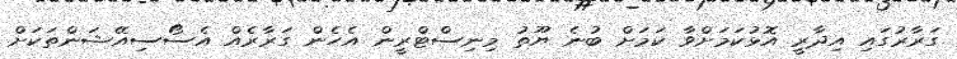
ގަރާރުގައި އިދާރީ އޮޅުކަމަށްވާ ކަމަށް ބުނެ ޔޫތު މިނިސްޓްރީން އެހެން ގަރާރެއް އެސޯސިއޭޝަންތަކަށް